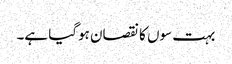
بہت سوں کا نقصان ہوگیا ہے۔